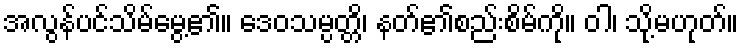
အလွန်ပင်သိမ်မွေ့၏။ ဒေဝသမ္ပတ္တိ၊ နတ်၏စည်းစိမ်ကို။ ဝါ၊ သို့မဟုတ်။